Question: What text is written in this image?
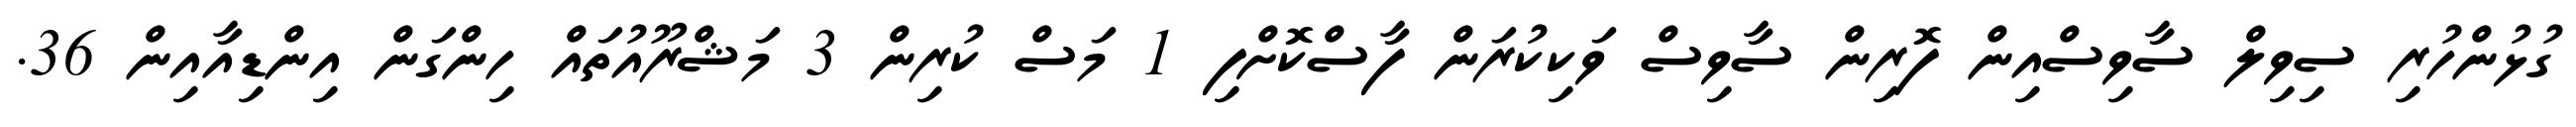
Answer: ގުޅުންހުރި ސިވިލް ސާވިސްއިން ފޮރިން ސާވިސް ވަކިކުރަން ފާސްކޮށްފި 1 މަސް ކުރިން 3 މަޝްރޫއުތައް ހިންގަން އިންޑިއާއިން 36.